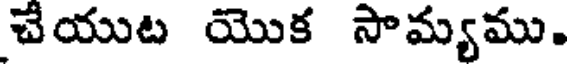
చేయుట యొక సామ్యము.